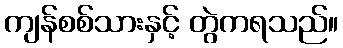
ကျန်စစ်သားနှင့် တွဲကရသည်။